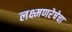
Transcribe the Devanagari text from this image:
लक्ष्मणरेषेचा